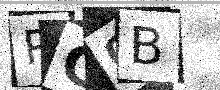
Text: RCOB